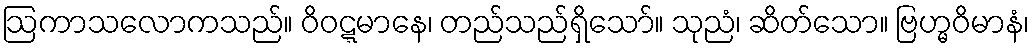
ဩကာသလောကသည်။ ဝိဝဋ္ဋမာနေ၊ တည်သည်ရှိသော်။ သုညံ၊ ဆိတ်သော။ ဗြဟ္မဝိမာနံ၊